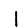
Digit: 1